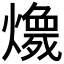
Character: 𱬚